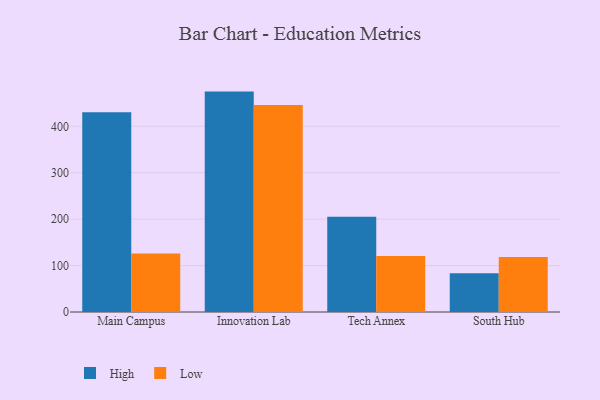
{"axis": {"x": "Campus", "y": "Gross Profit (USD K)"}, "legend": ["High", "Low"], "data": [{"x": "Main Campus", "y": 430.4, "type": "High"}, {"x": "Main Campus", "y": 125.8, "type": "Low"}, {"x": "Innovation Lab", "y": 474.8, "type": "High"}, {"x": "Innovation Lab", "y": 446.2, "type": "Low"}, {"x": "Tech Annex", "y": 205.3, "type": "High"}, {"x": "Tech Annex", "y": 120.6, "type": "Low"}, {"x": "South Hub", "y": 83.7, "type": "High"}, {"x": "South Hub", "y": 118.3, "type": "Low"}]}